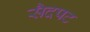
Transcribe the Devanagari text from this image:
सैदपट